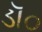
ડૉ૦